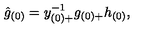
\hat { g } _ { ( 0 ) } = y _ { ( 0 ) + } ^ { - 1 } g _ { ( 0 ) + } h _ { ( 0 ) } ,